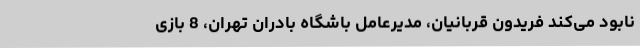
نابود می‌کند فریدون قربانیان، مدیرعامل باشگاه بادران تهران، 8 بازی